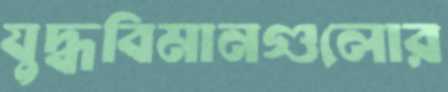
যুদ্ধবিমানগুলোর